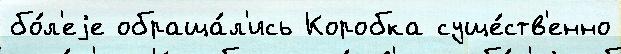
бо́л'еjе обраща́л'ись Коробка суще́ств'енно